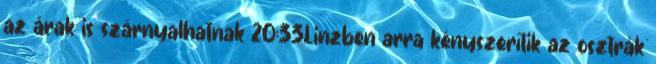
az árak is szárnyalhatnak 20:33Linzben arra kényszerítik az osztrák